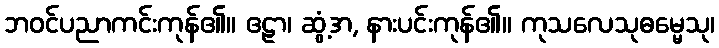
ဘဝင်ပညာကင်းကုန်၏။ ဧဠာ၊ ဆွံ့အ, နားပင်းကုန်၏။ ကုသလေသုဓမ္မေသု၊